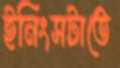
ইনিংসটাতে